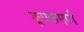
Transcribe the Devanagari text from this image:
कूपकमार्ग